Indian journal of veterinary science and animal husbandry - Volume 11,
Year: 1941
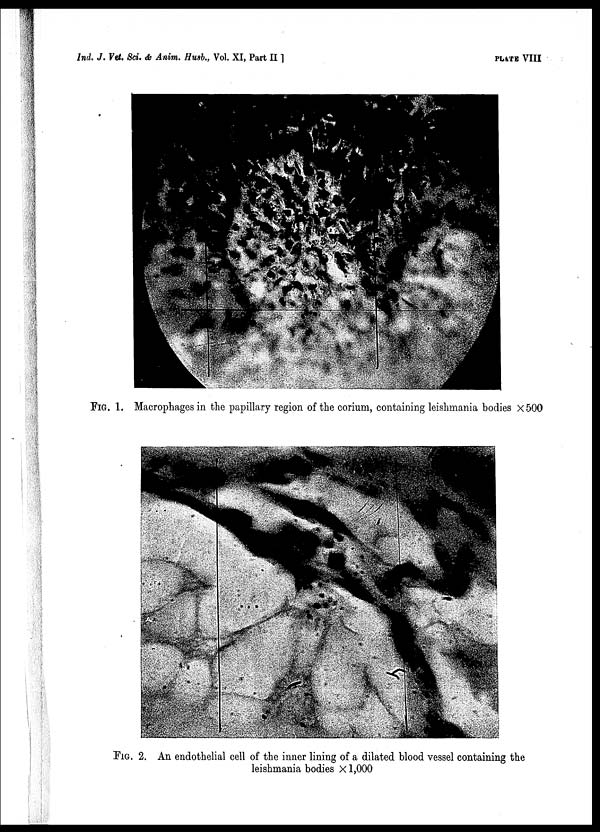
Ind. J. Vet. Sci. & Anim. Husb., Vol. XI, Part II ]
PLATE
VIII
FIG. 1. Macrophages in the papillary region of the corium, containing leishmania bodies X 500
FIG. 2. An endothelial cell of the inner lining of a dilated blood vessel containing the
leishmania bodies × 1,000